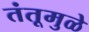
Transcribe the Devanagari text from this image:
तंतूमुळे